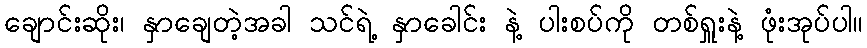
ချောင်းဆိုး၊ နှာချေတဲ့အခါ သင်ရဲ့ နှာခေါင်း နဲ့ ပါးစပ်ကို တစ်ရှူးနဲ့ ဖုံးအုပ်ပါ။